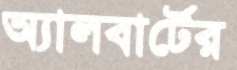
অ্যালবার্টের